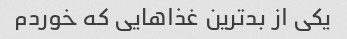
یکی از بدترین غذاهایی که خوردم